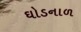
ઘોડનાળ